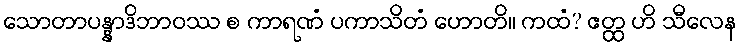
သောတာပန္နာဒိဘာဝဿ စ ကာရဏံ ပကာသိတံ ဟောတိ။ ကထံ? ဧတ္ထ ဟိ သီလေန